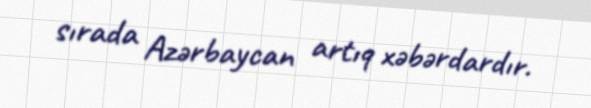
sırada Azərbaycan artıq xəbərdardır.